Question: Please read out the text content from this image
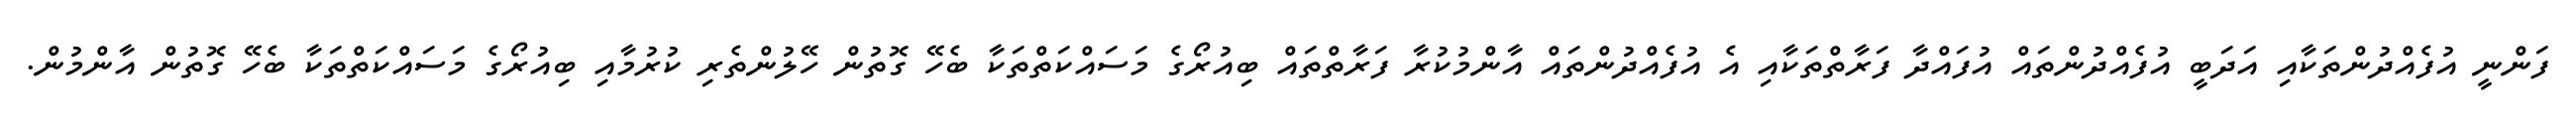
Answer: ފަންނީ އުފެއްދުންތަކާއި އަދަބީ އުފެއްދުންތައް އުފައްދާ ފަރާތްތަކާއި އެ އުފެއްދުންތައް އާންމުކުރާ ފަރާތްތައް ބިއުރޯގެ މަސައްކަތްތަކާ ބެހޭ ގޮތުން ހޭލުންތެރި ކުރުމާއި ބިއުރޯގެ މަސައްކަތްތަކާ ބެހޭ ގޮތުން އާންމުން.